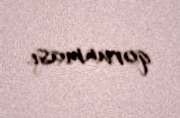
qorunması.